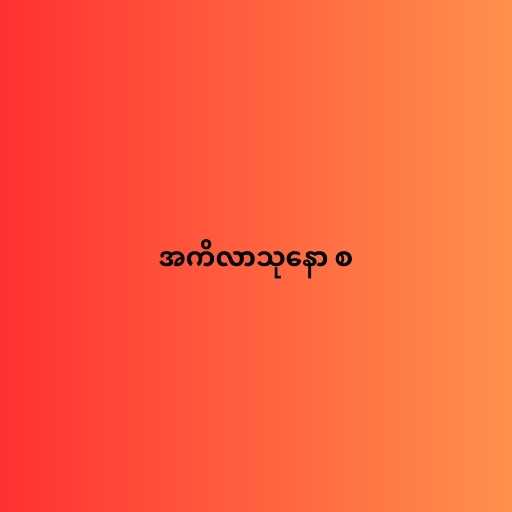
အကိလာသုနော စ